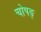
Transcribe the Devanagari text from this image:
चोपङ्